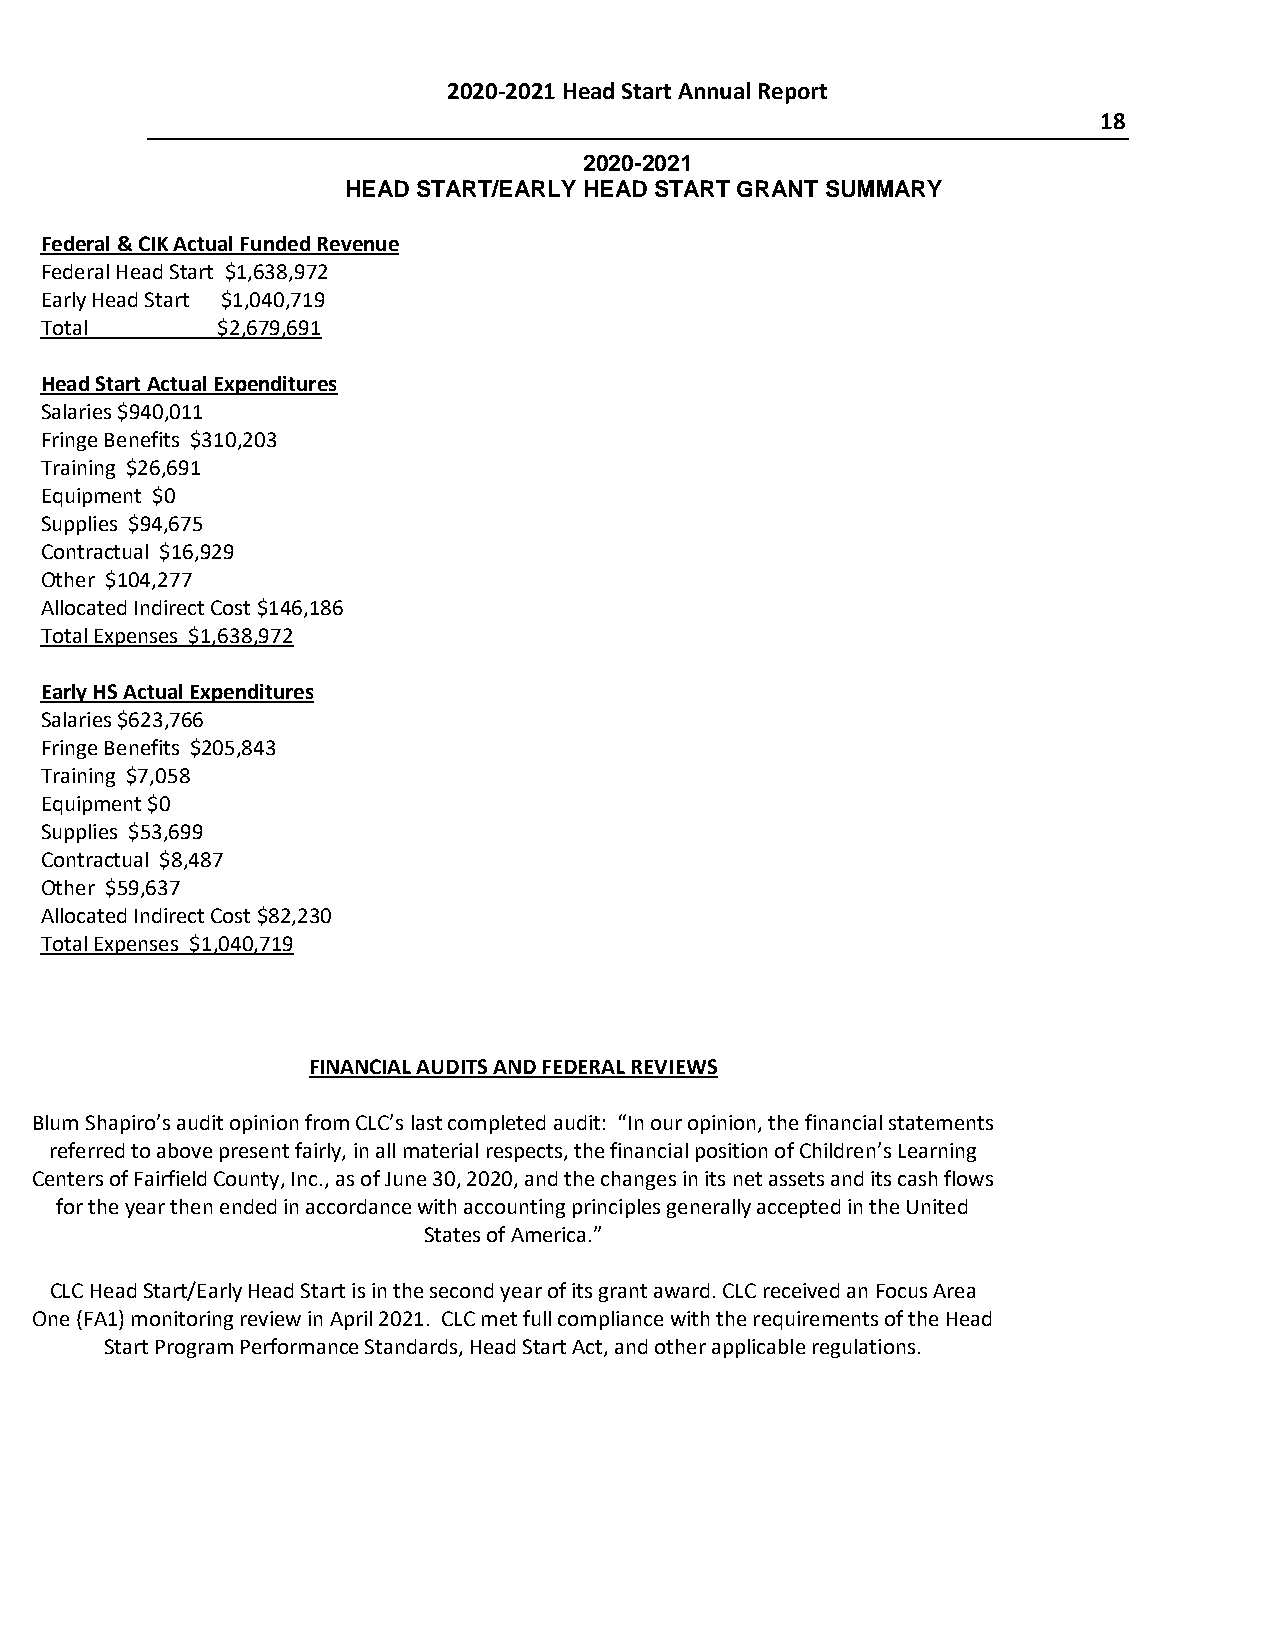
2020-2021 Head Start Annual Report
 18
 2020-2021
 HEAD START/EARLY HEAD START GRANT SUMMARY
 Federal & CIK Actual Funded Revenue
 Federal Head Start $1,638,972
 Early Head Start $1,040,719
 Total      $2,679,691
 Head Start Actual Expenditures
 Salaries $940,011
 Fringe Benefits $310,203
 Training $26,691
 Equipment $0
 Supplies $94,675
 Contractual $16,929
 Other $104,277
 Allocated Indirect Cost $146,186
 Total Expenses $1,638,972
 Early HS Actual Expenditures
 Salaries $623,766
 Fringe Benefits $205,843
 Training $7,058
 Equipment $0
 Supplies $53,699
 Contractual $8,487
 Other $59,637
 Allocated Indirect Cost $82,230
 Total Expenses $1,040,719
 FINANCIAL AUDITS AND FEDERAL REVIEWS
 Blum Shapiro’s audit opinion from CLC’s last completed audit: “In our opinion, the financial statements
 referred to above present fairly, in all material respects, the financial position of Children’s Learning
 Centers of Fairfield County, Inc., as of June 30, 2020, and the changes in its net assets and its cash flows
 for the year then ended in accordance with accounting principles generally accepted in the United
 States of America.”
 CLC Head Start/Early Head Start is in the second year of its grant award. CLC received an Focus Area
 One (FA1) monitoring review in April 2021. CLC met full compliance with the requirements of the Head
 Start Program Performance Standards, Head Start Act, and other applicable regulations.